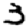
Digit: 3